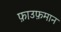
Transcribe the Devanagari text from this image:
फ़ाउफ़मान